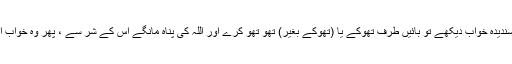
پھر جب کوئی تم میں سے ناپسندیدہ خواب دیکھے تو بائیں طرف تھوکے یا (تھوکے بغیر) تھو تھو کرے اور اللہ کی پناہ مانگے اس کے شر سے ، پھر وہ خواب اس کو ضرر نہیں پہنچائے گا۔